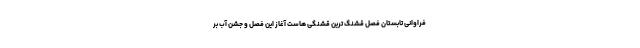
فراوانی تابستان فصل قشنگ ترین قشنگی هاست آغاز این فصل و جشن آب بر